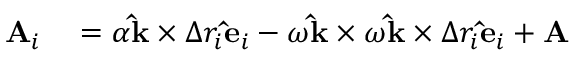
\begin{array} { r l } { \mathbf { A } _ { i } } & { { } = \alpha \mathbf { \hat { k } } \times \Delta r _ { i } \mathbf { \hat { e } } _ { i } - \omega \mathbf { \hat { k } } \times \omega \mathbf { \hat { k } } \times \Delta r _ { i } \mathbf { \hat { e } } _ { i } + \mathbf { A } } \end{array}